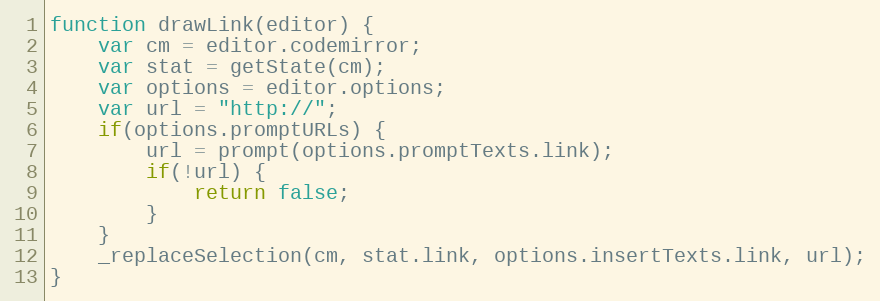
Language: JavaScript
function drawLink(editor) {
	var cm = editor.codemirror;
	var stat = getState(cm);
	var options = editor.options;
	var url = "http://";
	if(options.promptURLs) {
		url = prompt(options.promptTexts.link);
		if(!url) {
			return false;
		}
	}
	_replaceSelection(cm, stat.link, options.insertTexts.link, url);
}